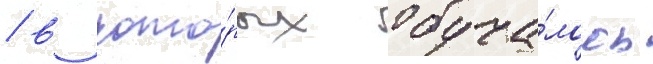
/ в кото́рых обуча́лось